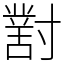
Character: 𡭊